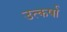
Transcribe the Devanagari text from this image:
उत्कर्षा